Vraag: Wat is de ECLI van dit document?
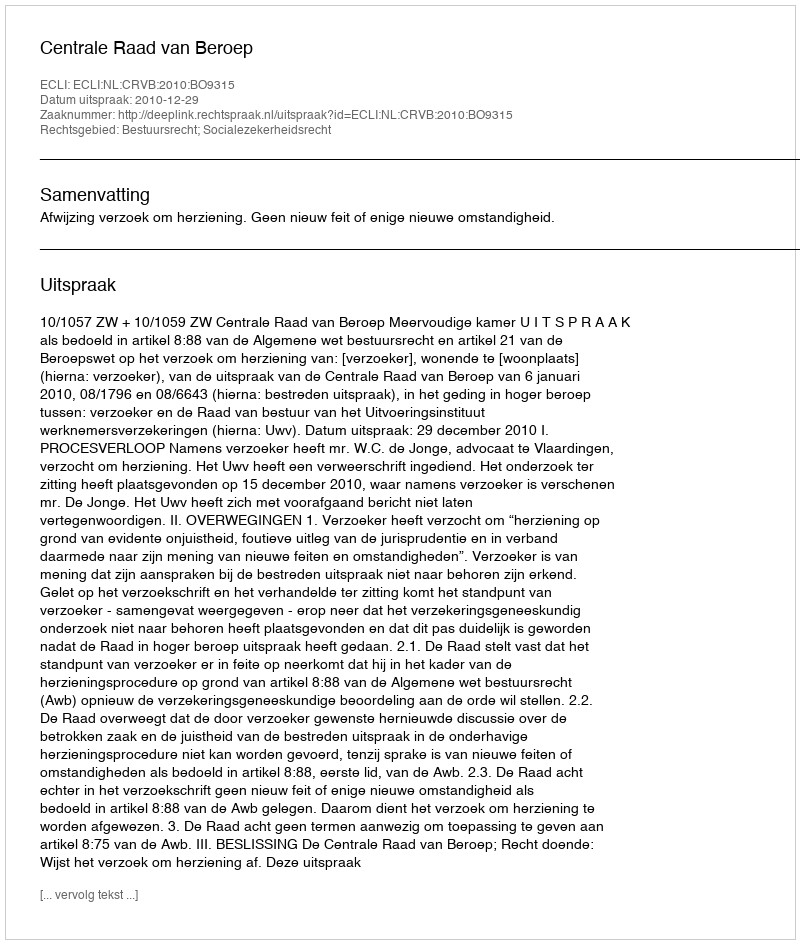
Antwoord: ECLI:NL:CRVB:2010:BO9315